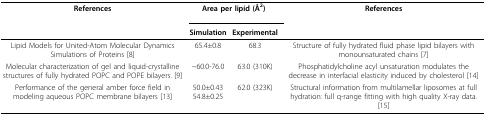
<table><thead><tr><td><b>References</b></td><td colspan="2"><b>Area per lipid (Å<sup>2</sup>)</b></td><td><b>References</b></td></tr><tr><td></td><td><b>Simulation</b></td><td><b>Experimental</b></td><td></td></tr></thead><tbody><tr><td>Lipid Models for United-Atom Molecular Dynamics Simulations of Proteins [8]</td><td>65.4±0.8</td><td>68.3</td><td>Structure of fully hydrated fluid phase lipid bilayers with monounsaturated chains [7]</td></tr><tr><td>Molecular characterization of gel and liquid-crystalline structures of fully hydrated POPC and POPE bilayers. [9]</td><td>~60.0-76.0</td><td>63.0 (310K)</td><td>Phosphatidylcholine acyl unsaturation modulates the decrease in interfacial elasticity induced by cholesterol [14]</td></tr><tr><td>Performance of the general amber force field in modeling aqueous POPC membrane bilayers [13]</td><td>50.0±0.4354.8±0.25</td><td>62.0 (323K)</td><td>Structural information from multilamellar liposomes at full hydration: full q-range fitting with high quality X-ray data. [15]</td></tr></tbody></table>